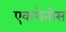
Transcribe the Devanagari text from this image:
एकशेतीस